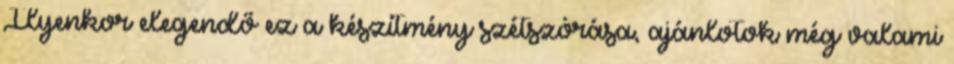
Ilyenkor elegendő ez a készítmény szétszórása, ajánlotok még valami